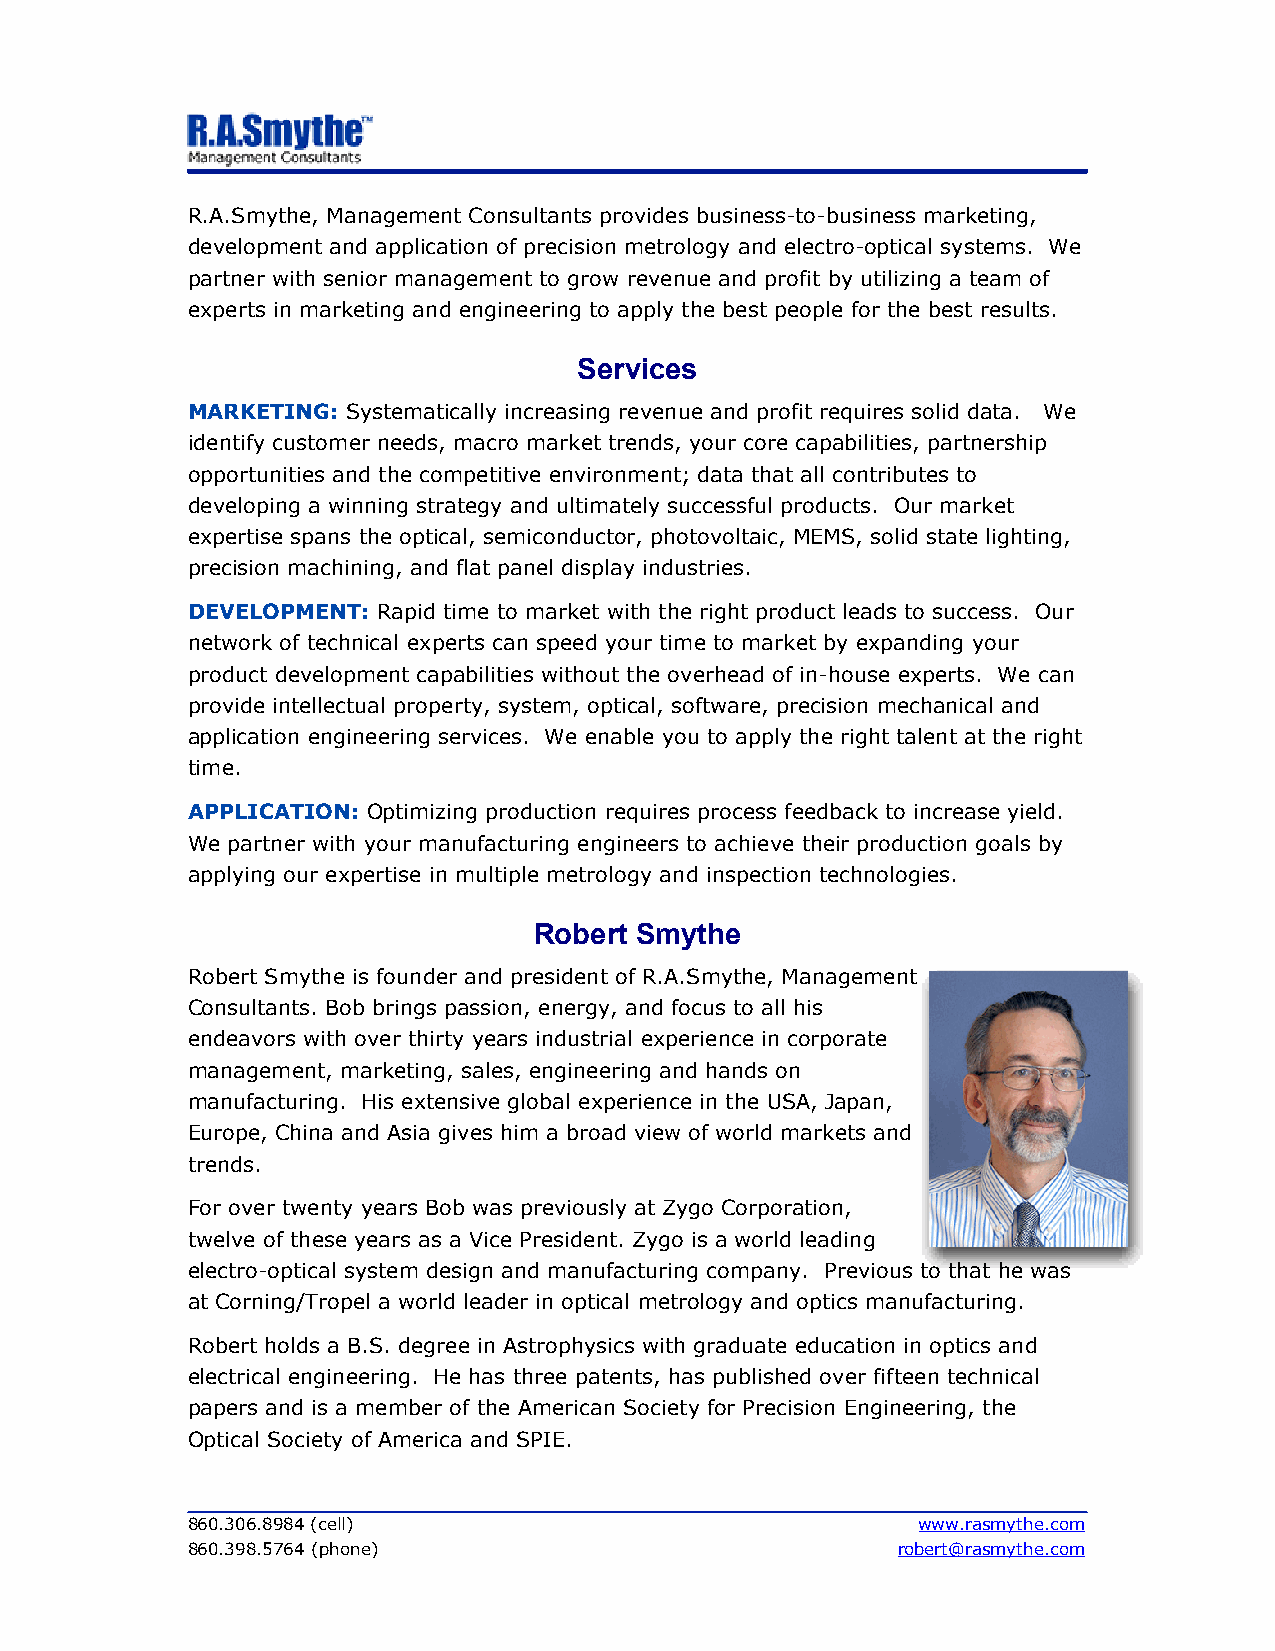
R.A.Smythe, Management Consultants provides business-to-business marketing,
 development and application of precision metrology and electro-optical systems. We
 partner with senior management to grow revenue and profit by utilizing a team of
 experts in marketing and engineering to apply the best people for the best results.
 Services
 MARKETING: Systematically increasing revenue and profit requires solid data. We
 identify customer needs, macro market trends, your core capabilities, partnership
 opportunities and the competitive environment; data that all contributes to
 developing a winning strategy and ultimately successful products. Our market
 expertise spans the optical, semiconductor, photovoltaic, MEMS, solid state lighting,
 precision machining, and flat panel display industries.
 DEVELOPMENT: Rapid time to market with the right product leads to success. Our
 network of technical experts can speed your time to market by expanding your
 product development capabilities without the overhead of in-house experts. We can
 provide intellectual property, system, optical, software, precision mechanical and
 application engineering services. We enable you to apply the right talent at the right
 time.
 APPLICATION: Optimizing production requires process feedback to increase yield.
 We partner with your manufacturing engineers to achieve their production goals by
 applying our expertise in multiple metrology and inspection technologies.
 Robert Smythe
 Robert Smythe is founder and president of R.A.Smythe, Management
 Consultants. Bob brings passion, energy, and focus to all his
 endeavors with over thirty years industrial experience in corporate
 management, marketing, sales, engineering and hands on
 manufacturing. His extensive global experience in the USA, Japan,
 Europe, China and Asia gives him a broad view of world markets and
 trends.
 For over twenty years Bob was previously at Zygo Corporation,
 twelve of these years as a Vice President. Zygo is a world leading
 electro-optical system design and manufacturing company. Previous to that he was
 at Corning/Tropel a world leader in optical metrology and optics manufacturing.
 Robert holds a B.S. degree in Astrophysics with graduate education in optics and
 electrical engineering. He has three patents, has published over fifteen technical
 papers and is a member of the American Society for Precision Engineering, the
 Optical Society of America and SPIE.
 860.306.8984 (cell)                              www.rasmythe.com
 860.398.5764 (phone)                           robert@rasmythe.com